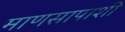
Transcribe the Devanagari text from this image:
माणसापाशी